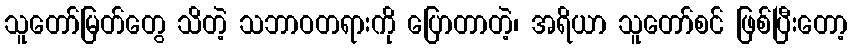
သူတော်မြတ်တွေ သိတဲ့ သဘာဝတရားကို ပြောတာတဲ့၊ အရိယာ သူတော်စင် ဖြစ်ပြီးတော့